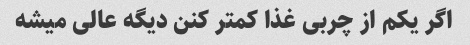
اگر یکم از چربی غذا کمتر کنن دیگه عالی میشه